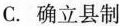
C.确立县制